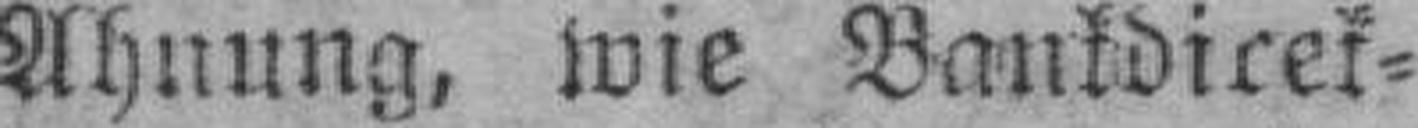
Ahnung, wie Bankdirek¬